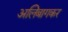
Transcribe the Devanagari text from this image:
अलिबागकर